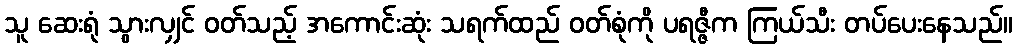
သူ ဆေးရုံ သွားလျှင် ဝတ်သည့် အကောင်းဆုံး သရက်ထည် ဝတ်စုံကို ပရဇ္ဇီက ကြယ်သီး တပ်ပေးနေသည်။